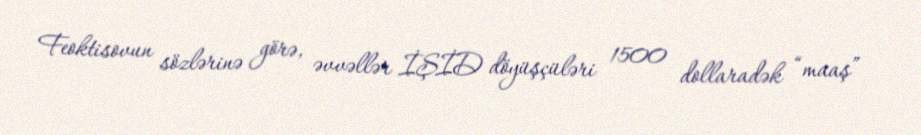
Feoktisovun sözlərinə görə, əvvəllər İŞİD döyüşçüləri 1500 dollaradək “maaş”